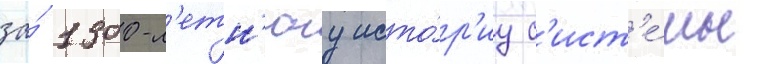
за́ 1300-л'етн'юу исто́р'иу с'ист'е́мы